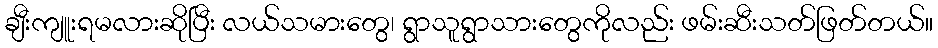
ချီးကျူးရမလားဆိုပြီး လယ်သမားတွေ၊ ရွာသူရွာသားတွေကိုလည်း ဖမ်းဆီးသတ်ဖြတ်တယ်။